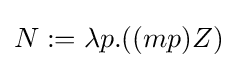
N:=\lambda p.((mp)Z)